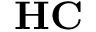
\mathbf { H } \mathbf { C }